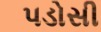
પડોસી